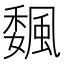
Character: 𩗯